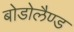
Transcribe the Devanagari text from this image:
बोडोलैण्ड